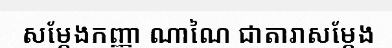
សម្តែងកញ្ញា ណាណៃ ជាតារាសម្តែង